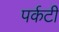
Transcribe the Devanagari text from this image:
पर्कटी